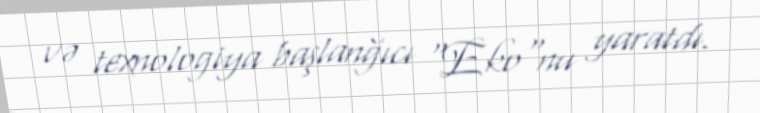
və texnologiya başlanğıcı "Eko"nu yaratdı.